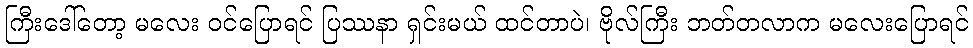
ကြီးဒေါ်တော့ မလေး ဝင်ပြောရင် ပြဿနာ ရှင်းမယ် ထင်တာပဲ၊ ဗိုလ်ကြီး ဘတ်တလာက မလေးပြောရင်